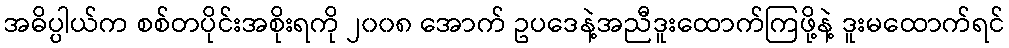
အဓိပ္ပါယ်က စစ်တပိုင်းအစိုးရကို ၂၀၀၈ အောက် ဥပဒေနဲ့အညီဒူးထောက်ကြဖို့နဲ့ ဒူးမထောက်ရင်